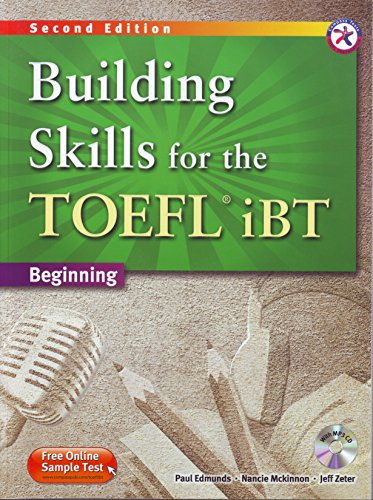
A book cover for Building Skills for the TOEFL iBT, 2nd Edition Beginning Combined Book & MP3 CD; Paul Edmunds; Test Preparation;